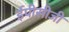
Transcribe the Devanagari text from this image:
ईपीसीजी